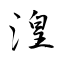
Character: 湟